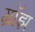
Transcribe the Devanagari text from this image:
ग्रॉझ